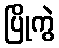
ပြိုကွဲ